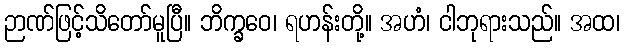
ဉာဏ်ဖြင့်သိတော်မူပြီ။ ဘိက္ခဝေ၊ ရဟန်းတို့။ အဟံ၊ ငါဘုရားသည်။ အထ၊